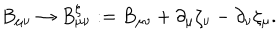
LaTeX: B _ { \mu \nu } \rightarrow B _ { \mu \nu } ^ { \zeta } : = B _ { \mu \nu } + \partial _ { \mu } \zeta _ { \nu } - \partial _ { \nu } \zeta _ { \mu } .